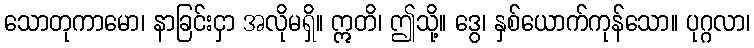
သောတုကာမော၊ နာခြင်းငှာ အလိုမရှိ။ ဣတိ၊ ဤသို့။ ဒွေ၊ နှစ်ယောက်ကုန်သော။ ပုဂ္ဂလာ၊